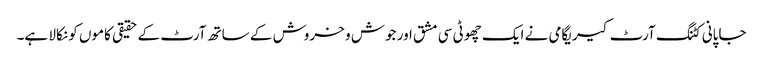
جاپانی کٹنگ آرٹ کیریگامی نے ایک چھوٹی سی مشق اور جوش و خروش کے ساتھ آرٹ کے حقیقی کاموں کو نکالا ہے۔